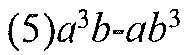
(5)\(a^{3}b - ab^{3}\)